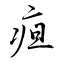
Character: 疸